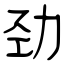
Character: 劲